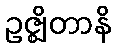
ဥဇ္ဈိတာနိ